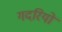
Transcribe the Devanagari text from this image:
गदरियों